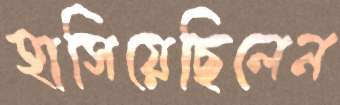
হাসিয়েছিলেন